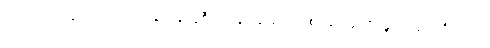
သင်္ခါရာ၊ အကြောင်း အတန်တန် ပြုစီမံ၍ ရုပ်နာမ်အသစ် ဖြစ်ဖြစ်သမျှ သင်္ခါရတို့သည်။